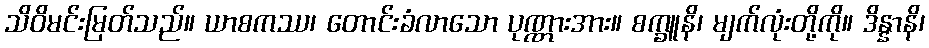
သိဝိမင်းမြတ်သည်။ ယာစကဿ၊ တောင်းခံလာသော ပုဏ္ဏားအား။ စက္ခူနိ၊ မျက်လုံးတို့ကို။ ဒိန္နာနိ၊